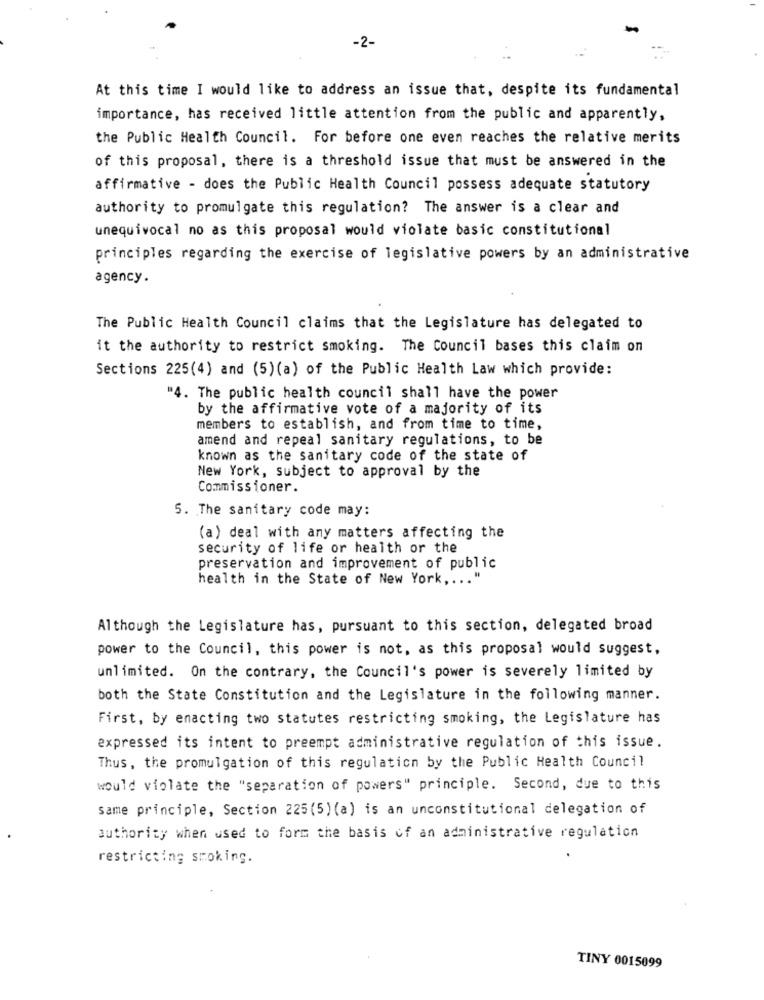
-2-
At this time I would like to address an issue that, despite its fundamental
importance, has received little attention from the public and apparently,
the Public Health Council. For before one even reaches the relative merits
of this proposal, there is a threshold issue that must be answered in the
affirmative - does the Public Health Council possess adequate statutory
authority to promulgate this regulation? The answer is a clear and
unequivocal no as this proposal would violate basic constitutional
principles regarding the exercise of legislative powers by an administrative
agency.
The Public Health Council claims that the Legislature has delegated to
it the authority to restrict smoking. The Council bases this claim on
Sections 225(4) and (5) (a) of the Public Health Law which provide:
"4. The public health council shall have the power
by the affirmative vote of a majority of its
members to establish, and from time to time,
amend and repeal sanitary regulations, to be
known as the sanitary code of the state of
New York, subject to approval by the
Commissioner.
5. The sanitary code may:
(a) deal with any matters affecting the
security of life or health or the
preservation and improvement of public
health in the State of New York ,... "
Although the Legislature has, pursuant to this section, delegated broad
power to the Council, this power is not, as this proposal would suggest,
unlimited. On the contrary, the Council's power is severely limited by
both the State Constitution and the Legislature in the following manner.
First, by enacting two statutes restricting smoking, the Legislature has
expressed its intent to preempt administrative regulation of this issue.
Thus, the promulgation of this regulation by the Public Health Council
would violate the "separation of powers" principle. Second, due to this
same principle, Section 225(5)(a) is an unconstitutional delegation of
authority when used to form the basis of an administrative regulation
restricting smoking.
TINY 0015099